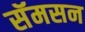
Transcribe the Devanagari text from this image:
सॅमसन